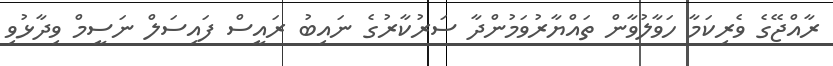
ރާއްޖޭގެ ވެރިކަމާ ހަވާލުވާން ތައްޔާރުވަމުންދާ ސަރުކާރުގެ ނައިބު ރައީސް ފައިސަލް ނަސީމް ވިދާޅުވި